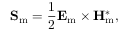
\mathbf { S } _ { \mathrm { m } } = { \frac { 1 } { 2 } } \mathbf { E } _ { \mathrm { m } } \times \mathbf { H } _ { \mathrm { m } } ^ { * } ,